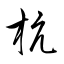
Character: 杭